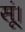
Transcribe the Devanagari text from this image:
सूं।